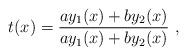
LaTeX: \begin{align*}t (x ) = \frac{a y_1 ( x ) + b y_2 ( x )}{a y_1 ( x ) +b y_2 ( x )} \ ,\end{align*}